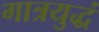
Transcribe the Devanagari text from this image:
गात्रयुद्धं